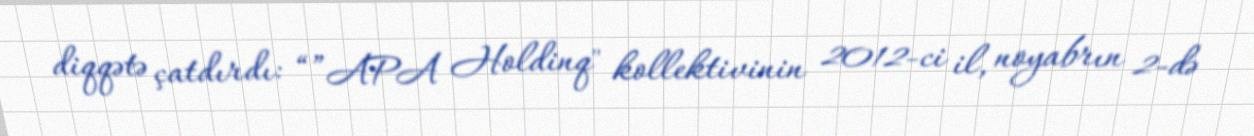
diqqətə çatdırdı: “”APA Holdinq" kollektivinin 2012-ci il, noyabrın 2-də